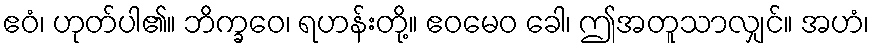
ဧဝံ၊ ဟုတ်ပါ၏။ ဘိက္ခဝေ၊ ရဟန်းတို့။ ဧဝမေဝ ခေါ၊ ဤအတူသာလျှင်။ အဟံ၊